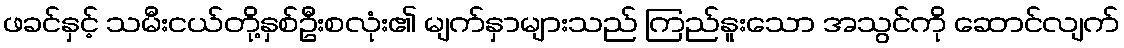
ဖခင်နှင့် သမီးငယ်တို့နှစ်ဦးစလုံး၏ မျက်နှာများသည် ကြည်နူးသော အသွင်ကို ဆောင်လျက်